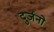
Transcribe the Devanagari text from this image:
दुर्जनो